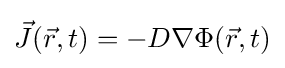
{\vec {J}}({\vec {r}},t)=-D\nabla \Phi ({\vec {r}},t)